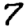
Digit: 7